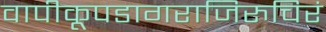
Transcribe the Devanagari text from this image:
वापीकूपडागराजिरुचिरं